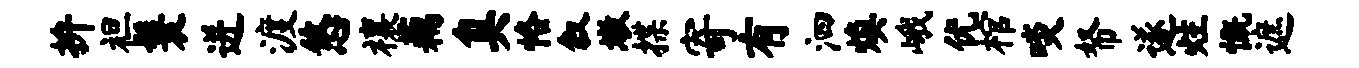
拚袒鬟迸渡悠禳藕臭恪叙墩揲寄有泗焕峨优棺啖帑遂炷慨遮